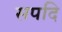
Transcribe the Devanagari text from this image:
सपदि